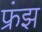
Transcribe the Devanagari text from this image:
फ्रंझ